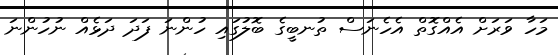
މަހާ ވަރަށް އެއްގޮތް އެހެނަސް ތުނބީގެ ބޮލުގައި ހުންނަ ފަދަ ދަޅެއް ނުހުންނަ